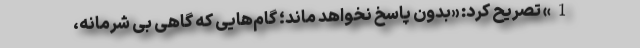
1» تصریح کرد: «بدون پاسخ نخواهد ماند؛ گام‌هایی که گاهی بی شرمانه،